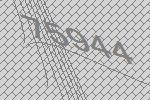
75944